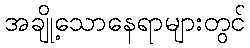
အချို့သောနေရာများတွင်